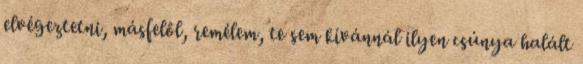
elvégeztetni, másfelől, remélem, te sem kívánnál ilyen csúnya halált